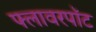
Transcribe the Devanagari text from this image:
फ्लावरपॉट